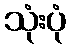
သုံးပုံ